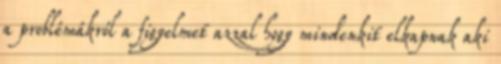
a problémákról a figyelmet azzal hogy mindenkit elkapnak aki